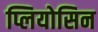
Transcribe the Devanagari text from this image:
प्लियोसिन